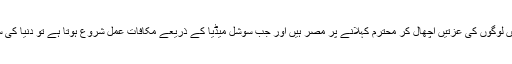
یہ سب اپنی روزی روٹی کے چکر میں لوگوں کی عزتیں اچھال کر محترم کہلانے پر مصر ہیں اور جب سوشل میڈیا کے ذریعے مکافات عمل شروع ہوتا ہے تو دنیا کی سب سے مظلوم ردھالیاں بن جاتے ہیں۔